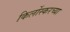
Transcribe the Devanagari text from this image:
किर्लोस्करच्या